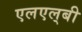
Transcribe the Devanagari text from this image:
एलएल्‌बी